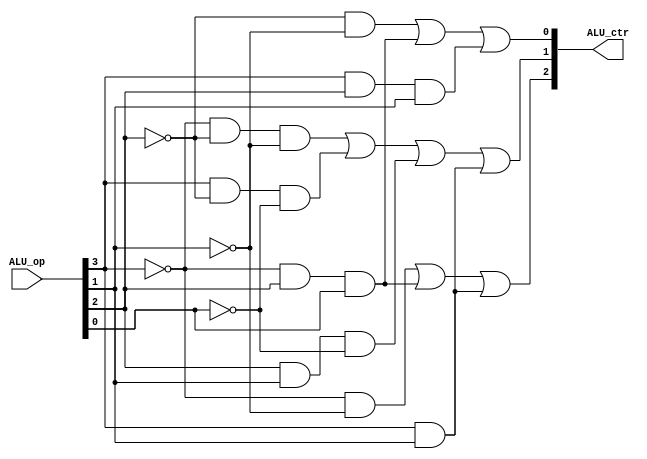
module ALU_Controller(ALU_op,ALU_ctr);
input [3:0] ALU_op;
output [2:0] ALU_ctr;

assign ALU_ctr[2] = ((!ALU_op[3])&(!ALU_op[1]))|(!ALU_op[3]& ALU_op[2]& ALU_op[0])|(ALU_op[3]&ALU_op[1]); 
assign ALU_ctr[1] = (!ALU_op[3]&!ALU_op[2]&!ALU_op[1])|(ALU_op[3]&!ALU_op[2]&!ALU_op[0])|(ALU_op[2]&ALU_op[1]&!ALU_op[0])|(ALU_op[3]&ALU_op[1]);
assign ALU_ctr[0] = (!ALU_op[2]&!ALU_op[1])|(!ALU_op[3]&ALU_op[2]&ALU_op[0])|(ALU_op[3]&ALU_op[2]&ALU_op[1]);

endmodule

module Adder(A_in,B_in,Cin,Zero,Carry,Overflow,Negative,Output);
input [31:0] A_in,B_in;
output [31:0] Output;
input Cin;
output Zero,Carry,Overflow,Negative;

assign {Carry,Output} = A_in + B_in + Cin;
assign Zero = (Output == 32'b0)? 1'b1 : 1'b0;
assign Overflow = (!(A_in[31]^B_in[31])&(B_in[31]^Output[31]));
assign Negative = Output[31];

endmodule

module MUX8_1_ALU(Sel,S0,S1,S2,S3,S4,S5,S6,S7,ALU_out);

input [2:0] Sel;
input [31:0] S0,S1,S2,S3,S4,S5,S6,S7;
output [31:0]ALU_out;

assign ALU_out = (Sel[2])? (Sel[1]?(Sel[0]?S7:S6) : (Sel[0]?S5:S4))  :  (Sel[1]?(Sel[0]?S3:S2) : (Sel[0]?S1:S0));

endmodule

module JudgeBit(NumIn,Num);
input [31:0] NumIn;
output reg[31:0] Num;
integer i = 0;
always@(NumIn)
begin  
    Num = 32; 
    for(i = 31;i >= 0;i = i-1) 
       if(NumIn[i] == 1'b1 && Num == 32) 
            Num = 31 - i; 
end

endmodule



module ALU(
input [31:0] A_in,B_in,
input [3:0] ALU_op,
output Zero,Less,Overflow_out,
output [31:0] ALU_out
);

wire [31:0] AndOut,OrOut,XorOut,NorOut;
wire [31:0] SEX;
wire [31:0] XorOut_Count;
wire Carry,Overflow,Negative;
wire [31:0] Output,Cmp;
wire [31:0] NumBit;
wire Cin;
wire [2:0] ALU_ctr;

ALU_Controller ALU_Con(ALU_op,ALU_ctr);
MUX8_1_ALU MUX(ALU_ctr,NumBit,XorOut,OrOut,NorOut,AndOut,Cmp,SEX,Output,ALU_out);
JudgeBit Judge(XorOut_Count,NumBit);
Adder adder(A_in,B_in^{32{ALU_op[0]}},Cin,Zero,Carry,Overflow,Negative,Output);

//assign NumBit = 32'b0;

assign Cin = ALU_op[0];
assign AndOut = A_in & B_in;
assign OrOut = A_in | B_in;
assign XorOut = A_in ^ B_in;
assign NorOut = !OrOut; 
assign SEX = (ALU_op[0])?({{16{B_in[7]}},B_in[15:0]}):({{24{B_in[7]}},B_in[7:0]});

assign XorOut_Count = {32{ALU_op[0]}}^A_in[31:0];
assign Cmp = Less ? 32'hffffffff : 32'b0;


assign Less = ((!ALU_op[3])&ALU_op[2]&ALU_op[1]&ALU_op[0])?(!Carry):(Overflow^Negative);
assign Overflow_out = (ALU_op[1]&ALU_op[2]&ALU_op[3])? Overflow:1'b0;
//Zero is assigned!

endmodule